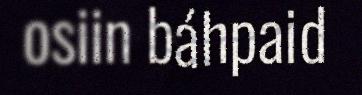
osiin báhpaid